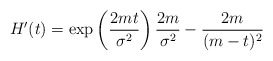
\begin{align*} H'(t)= \exp\left(\frac{2mt}{\sigma^2}\right)\frac{2m}{\sigma^2}-\frac{2m}{(m-t)^2}\end{align*}